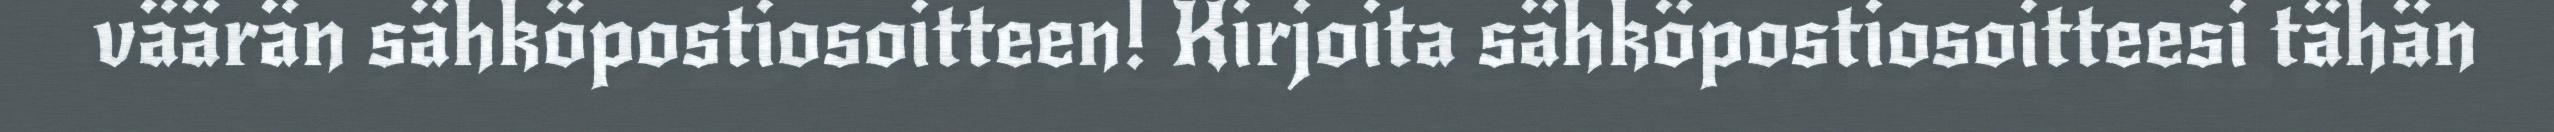
väärän sähköpostiosoitteen! Kirjoita sähköpostiosoitteesi tähän